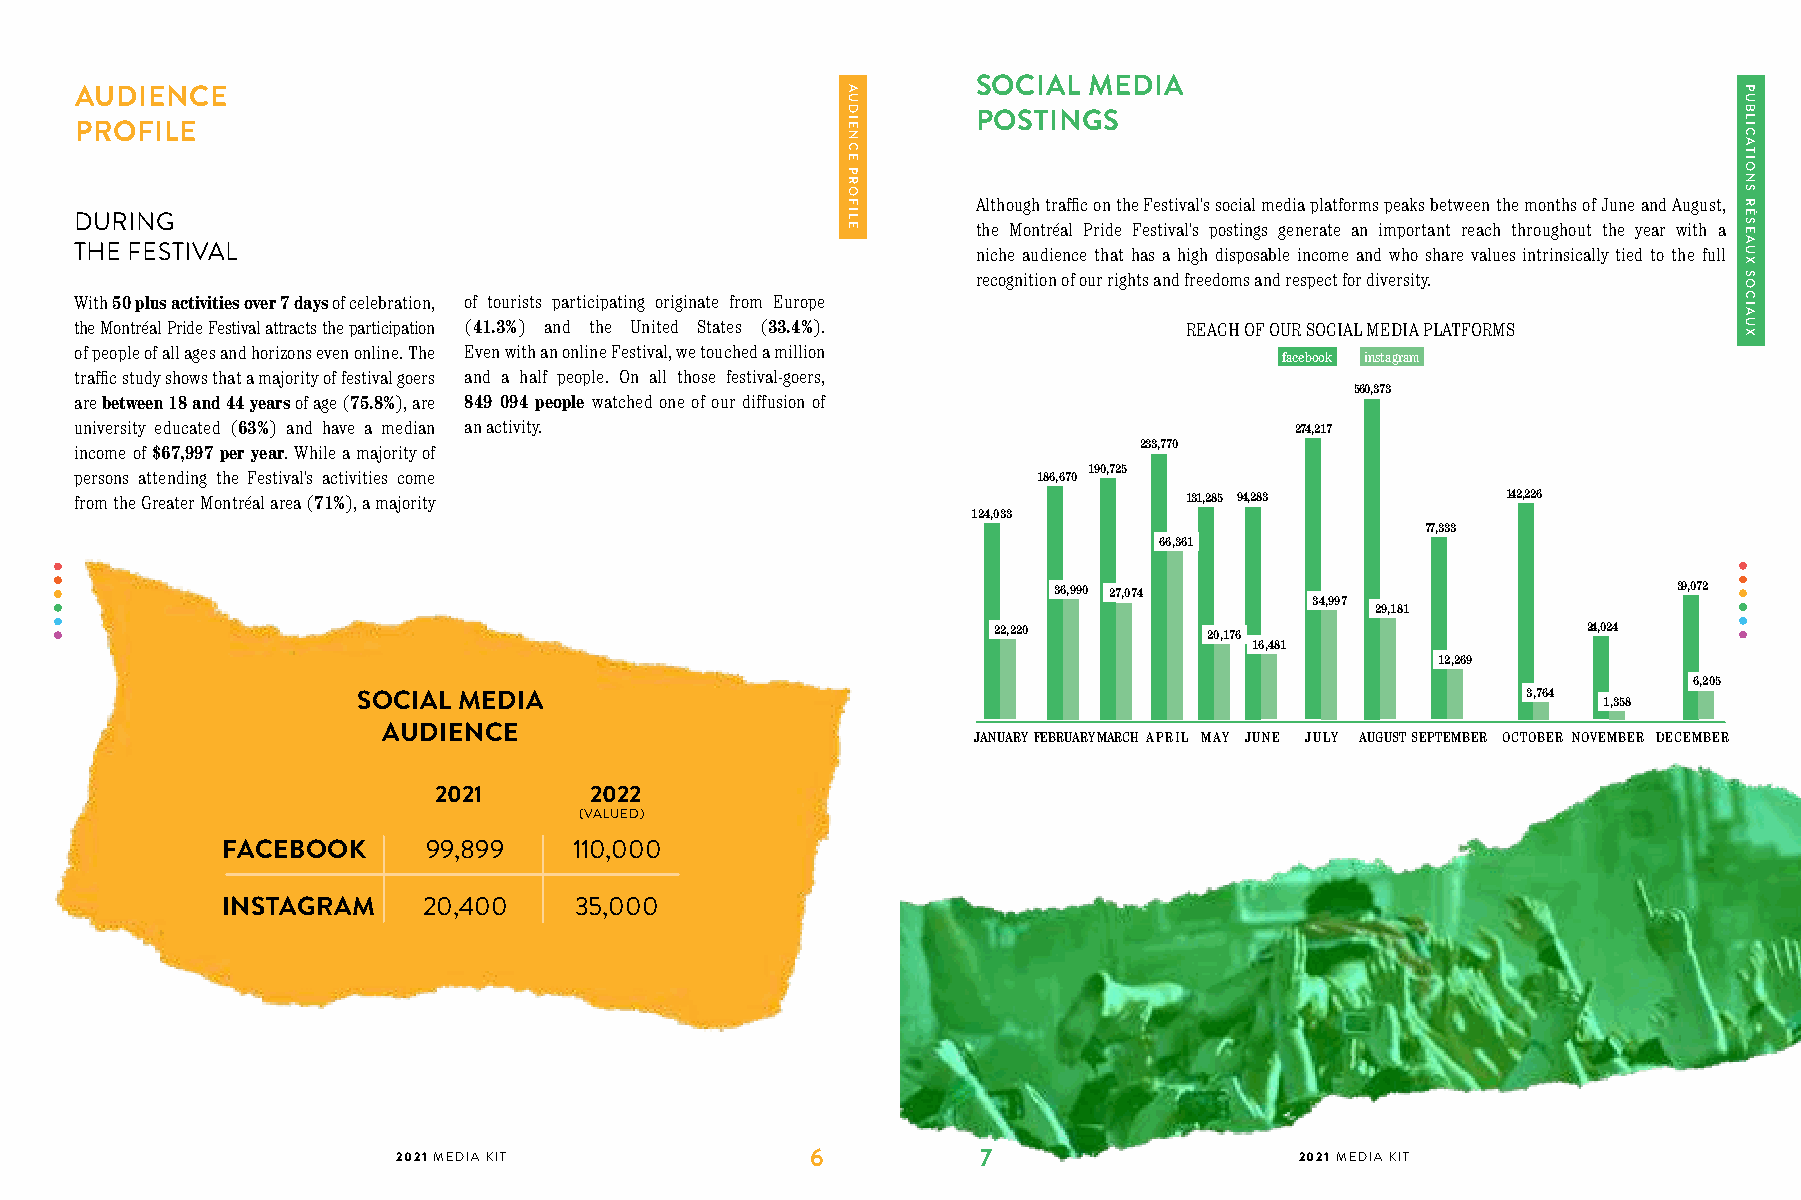
SOCIAL MEDIA
 AUDIENCE
 POSTINGS
 PROFILE
 Although traffic on the Festival’s social media platforms peaks between the months of June and August,
 DURING
 the Montréal Pride Festival’s postings generate an important reach throughout the year with a
 THE FESTIVAL                                                niche audience that has a high disposable income and who share values intrinsically tied to the full
 recognition of our rights and freedoms and respect for diversity.
 With 50 plus activities over 7 days of celebration, of tourists participating originate from Europe
 the Montréal Pride Festival attracts the participation (41.3%) and the United States (33.4%). REACH OF OUR SOCIAL MEDIA PLATFORMS
 of people of all ages and horizons even online. The Even with an online Festival, we touched a million facebook instagram
 traffic study shows that a majority of festival goers and a half people. On all those festival-goers,
 560,373
 are between 18 and 44 years of age (75.8%), are 849 094 people watched one of our diffusion of
 university educated (63%) and have a median an activity.                         274,217
 income of $67,997 per year. While a majority of                       233,770
 persons attending the Festival’s activities come                186,670 190,725
 from the Greater Montréal area (71%), a majority                         131,285 94,283        142,226
 124,033
 77,333
 66,361
 36,990 27,074                            39,072
 34,997
 29,181
 22,220        20,176                   24,024
 16,481
 12,269
 6,205
 SOCIAL MEDIA                                                                 3,764
 1,358
 AUDIENCE
 JANUARYFEBRUARYMARCH APRIL MAY JUNE JULY AUGUSTSEPTEMBER OCTOBER NOVEMBER DECEMBER
 2021      2022
 (VALUED)
 FACEBOOK     99,899    110,000
 INSTAGRAM    20,400    35,000
 2021 MEDIA KIT              6          7                    2021 MEDIA KIT
 AUDIENCE
 PROFILE
 PUBLICATIONS
 RÉSEAUX
 SOCIAUX